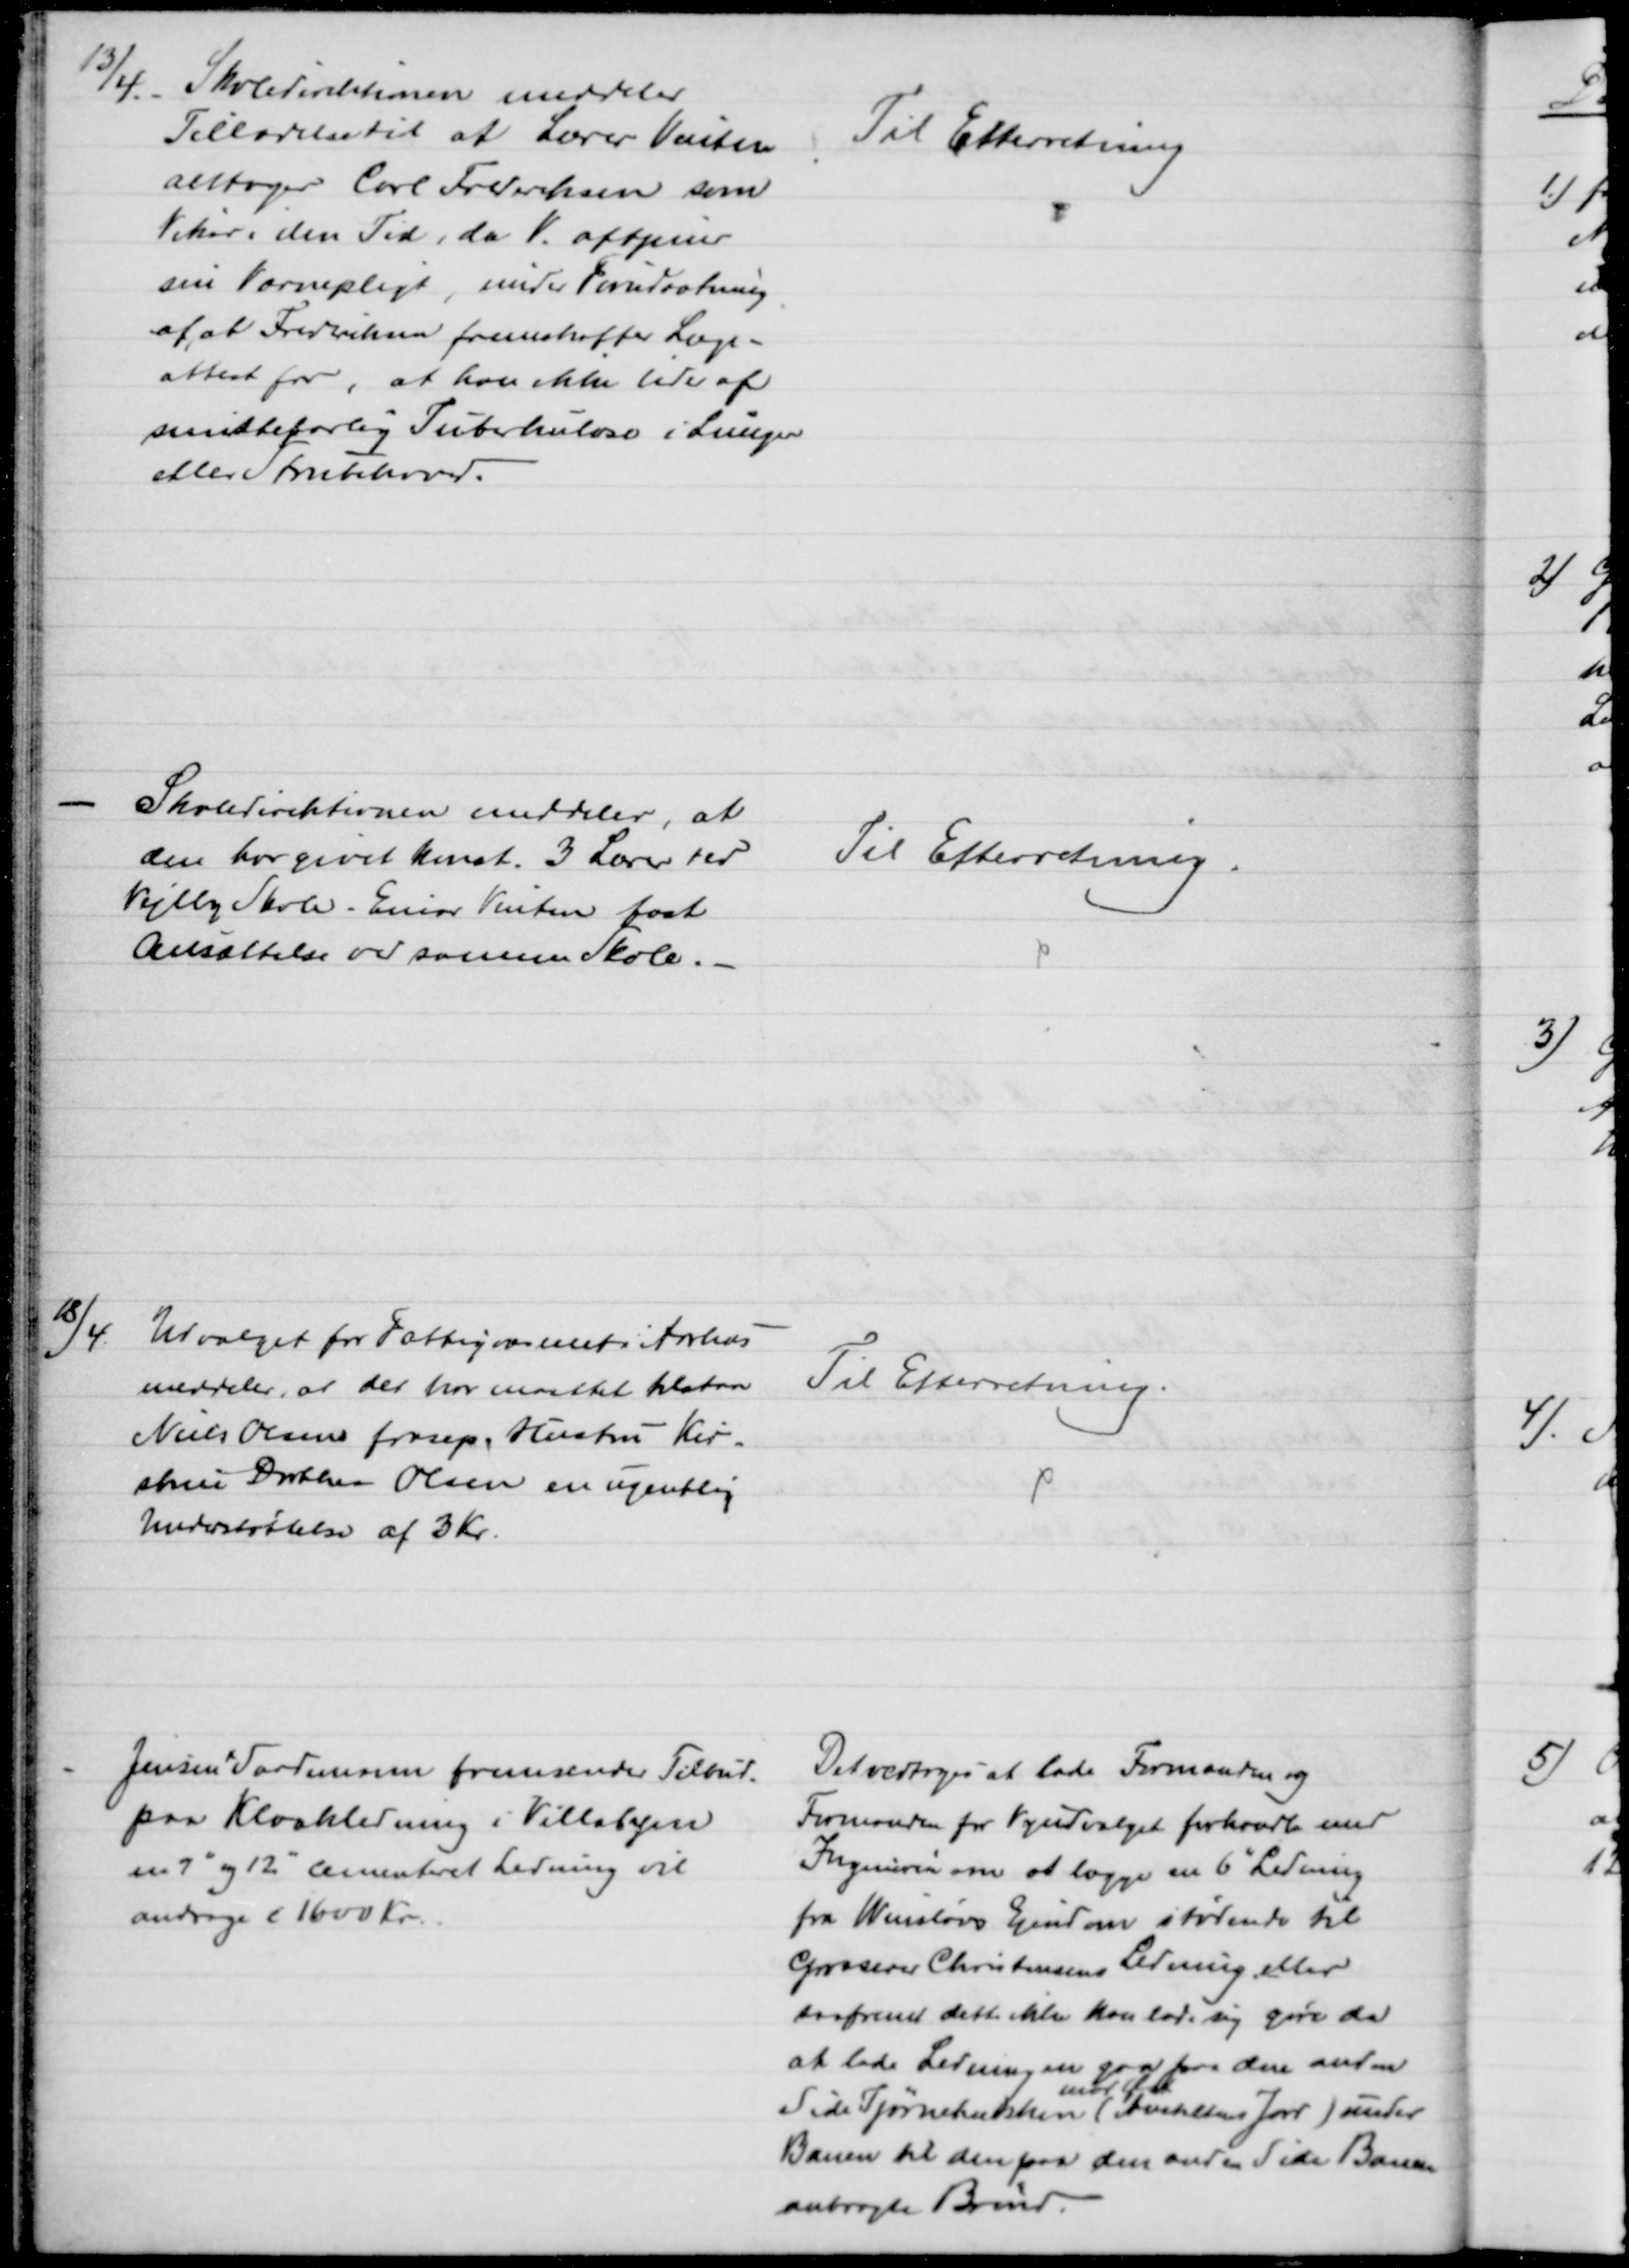
Transskription:
13/4.
Skoledirektionen meddeler
Tilladelse til at Lærer Vinten
antager Carl Frederiksen som
Vikar i den Tid, da V. aftjener
sin Værnepligt, under Forudsætning
af, at Frederiksen fremskaffer Læge-
attest for, at han ikke lider af
smittefarlig Tuberkulose i Lunger
eller Strubehoved.
Til Efterretning
Skoledirektionen meddeler, at
den for givet konst. 3 Lærer ved
Vejlby Skole - Einar Vinten fast
Ansættelse ved samme Skole.
Til Efterretning.
18/4
Udvalget for Fattigvæsenet i Aarhus
meddeler, at der har maattet tilstaa
Niels Olsens frasep. Hustru Kir-
stine Dorthea Olsen en ugentlig
Understøttelse af 3 Kr.
Til Efterretning.
Jensen + Sardemann fremsender Tilbud.
paa Kloakledning i Villabyen
en 7" og 12" cementeret Ledning vil
andrage c 1600 Kr.
Det vedtoges at lade Formanden og
Formanden for Vejudvalget forhandle med
Ingeniøren om at lægge en 6" Ledning
fra Winsløvs Ejendom stødende til
Grosserer Christensens Ledning eller
saafremt dette ikke kan lade sig gøre da
at lede Ledningen gaa fra den anden
Side Tjørnebakken 
mod Øst
(Avehltens Jord) under
Banen til den paa den anden Side Banen
anbragte Brønd.